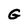
Character: G